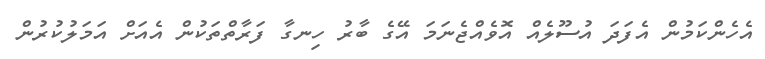
އެހެންކަމުން އެފަދަ އުސޫލެއް އޮވެއްޖެނަމަ އޭގެ ބާރު ހިނގާ ފަރާތްތަކުން އެއަށް އަމަލުކުރުން